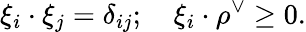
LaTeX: \xi_{i}\cdot\xi_{j}=\delta_{ij};\quad\xi_{i}\cdot\rho^{\vee}\geq 0.